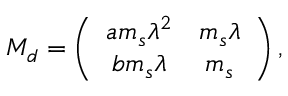
M _ { d } = \left( \begin{array} { c c } { { a m _ { s } \lambda ^ { 2 } } } & { { m _ { s } \lambda } } \\ { { b m _ { s } \lambda } } & { { m _ { s } } } \end{array} \right) ,